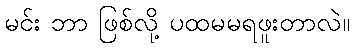
မင်း ဘာ ဖြစ်လို့ ပထမမရဖူးတာလဲ။